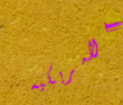
الامريكيه